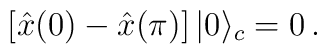
\left[\hat{x} (0) -\hat{x} (\pi) \right]|0 \rangle_c = 0\,.